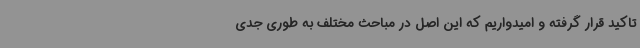
تاکید قرار گرفته و امیدواریم که این اصل در مباحث مختلف به طوری جدی